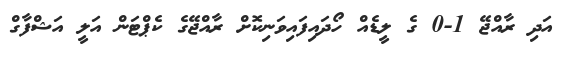
އަދި ރާއްޖޭ 1-0 ގެ ލީޑެއް ހޯދައިފައިވަނިކޮށް ރާއްޖޭގެ ކެޕްޓަން އަލީ އަޝްފާގް